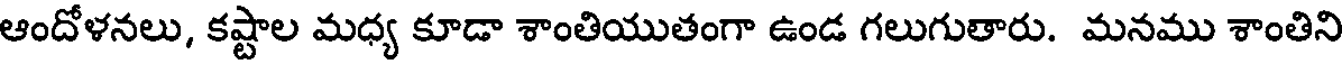
ఆందోళనలు, కష్టాల మధ్య కూడా శాంతియుతంగా ఉండ గలుగుతారు. మనము శాంతిని